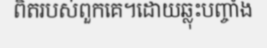
ពិតរបស់ពួកគេ។ដោយឆ្លុះបញ្ចាំង